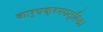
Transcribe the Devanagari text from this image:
कार्यक्रमपत्रिका